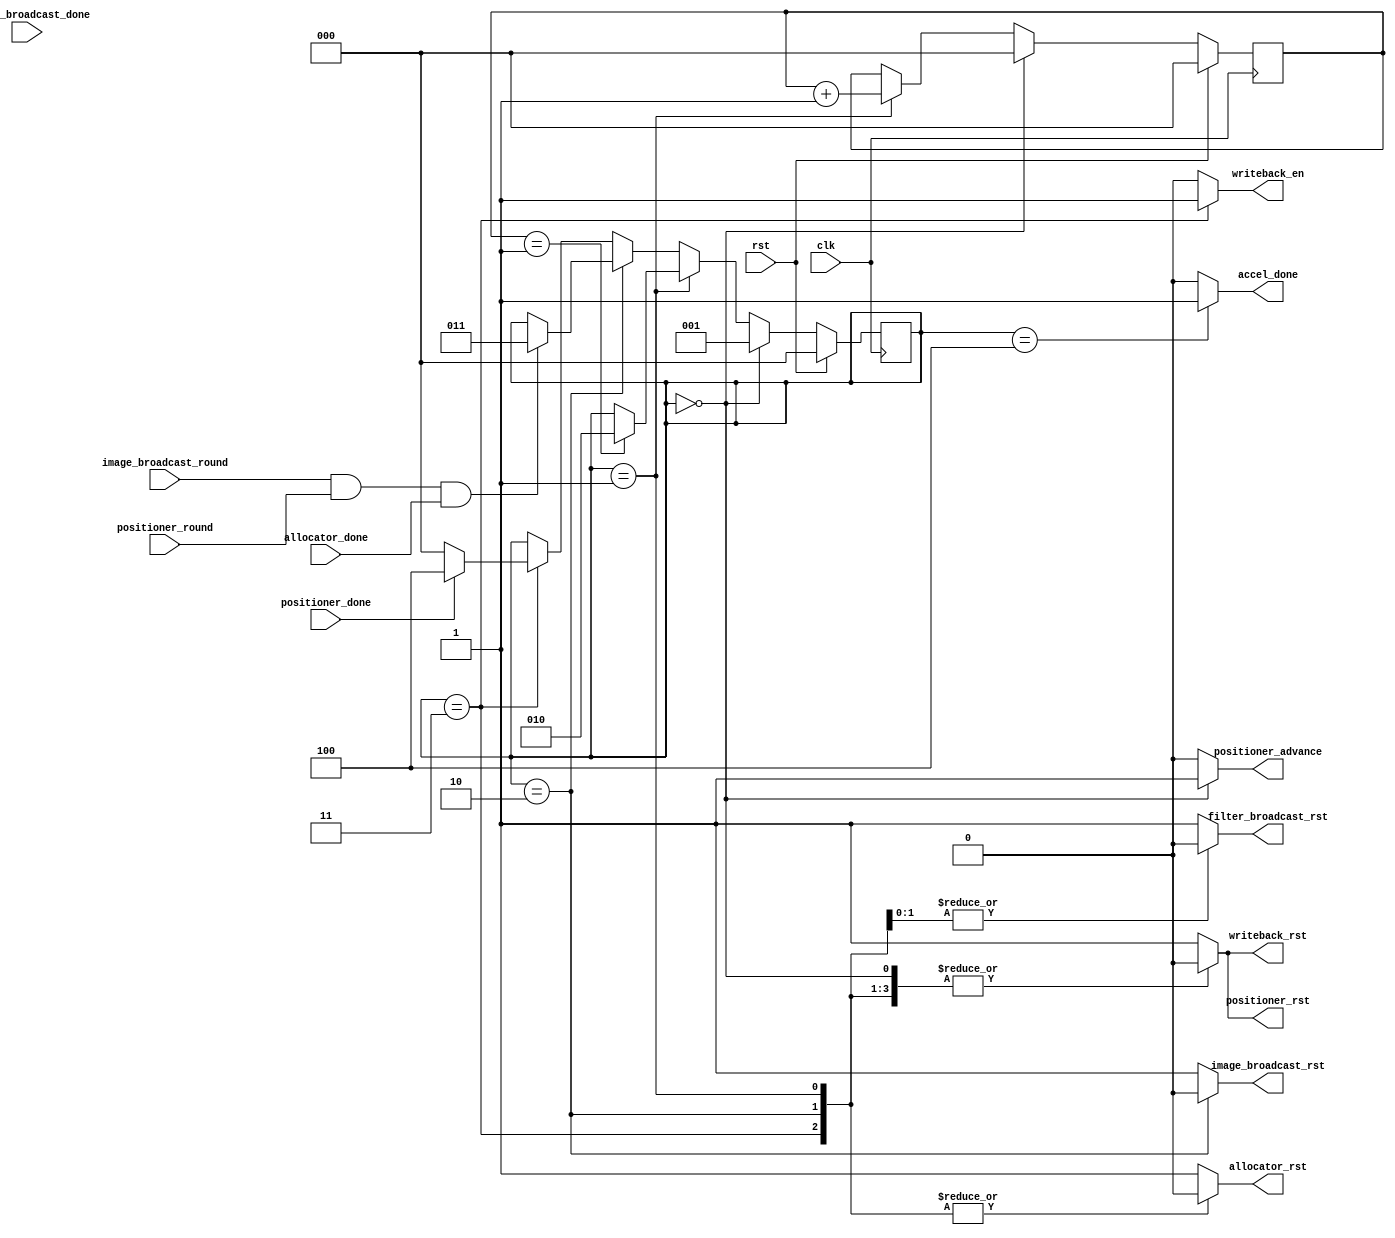
`ifndef _include_scheduler_
`define _include_scheduler_

`define STATE_START_ROUND          3'b000
`define STATE_POSITIONER_HEADSTART 3'b001
`define STATE_BROADCASTING         3'b010
`define STATE_END_ROUND            3'b011
`define STATE_DONE                 3'b100

module Scheduler (
        input  wire positioner_round,
        output reg  positioner_advance,
        input  wire positioner_done,
        output reg  positioner_rst,

        input  wire image_broadcast_round,
        output reg  image_broadcast_rst,

        input  wire filter_broadcast_done,
        output reg  filter_broadcast_rst,

        input  wire allocator_done,
        output reg  allocator_rst,

        output reg  writeback_en,
        output reg  writeback_rst,

        output reg  accel_done,

        input  wire clk,
        input  wire rst
    );

    reg [2:0] state;
    reg [2:0] delay_counter;
    
    localparam positioner_headstart_delay = 1;

   
    always @(posedge clk) begin
        if (rst) begin
            state <= `STATE_START_ROUND;
            delay_counter <= 0;

        end else if (state == `STATE_START_ROUND) begin
            state <= `STATE_POSITIONER_HEADSTART;
            delay_counter <= 0;

        end else if (state == `STATE_POSITIONER_HEADSTART) begin
            delay_counter <= delay_counter + 1;
            if (delay_counter == positioner_headstart_delay) begin
                state <= `STATE_BROADCASTING;
            end

        end else if (state == `STATE_BROADCASTING) begin
            if (image_broadcast_round && (positioner_round || positioner_round) && allocator_done) begin
                state <= `STATE_END_ROUND;
            end

        end else if (state == `STATE_END_ROUND) begin
            if (positioner_done) begin
                state <= `STATE_DONE;
            end else begin
                state <= `STATE_START_ROUND;
            end

        end else if (state == `STATE_DONE) begin

        end
    end

    always @(*) begin
        case (state)
            `STATE_START_ROUND: begin
                positioner_advance = 1;
                positioner_rst = 0;
                image_broadcast_rst = 1;
                filter_broadcast_rst = 1;
                allocator_rst = 1;
                accel_done = 0;
                writeback_en = 0;
                writeback_rst = 0;
            end

            `STATE_POSITIONER_HEADSTART: begin
                positioner_advance = 0;
                positioner_rst = 0;
                image_broadcast_rst = 1;
                filter_broadcast_rst = 0;
                allocator_rst = 0;
                accel_done = 0;
                writeback_en = 0;
                writeback_rst = 0;
            end

            `STATE_BROADCASTING: begin
                positioner_advance = 0;
                positioner_rst = 0;
                image_broadcast_rst = 0;
                filter_broadcast_rst = 0;
                allocator_rst = 0;
                accel_done = 0;
                writeback_en = 0;
                writeback_rst = 0;
            end

            `STATE_END_ROUND: begin
                positioner_advance = 0;
                positioner_rst = 0;
                image_broadcast_rst = 1;
                filter_broadcast_rst = 1;
                allocator_rst = 0;
                accel_done = 0;
                writeback_en = 1;
                writeback_rst = 0;
            end

            `STATE_DONE: begin
                positioner_advance = 0;
                positioner_rst = 1;
                image_broadcast_rst = 1;
                filter_broadcast_rst = 1;
                allocator_rst = 1;
                accel_done = 1;
                writeback_en = 0;
                writeback_rst = 1;
            end

            default: begin
                positioner_advance = 0;
                positioner_rst = 1;
                image_broadcast_rst = 1;
                filter_broadcast_rst = 1;
                allocator_rst = 1;
                accel_done = 0;
                writeback_en = 0;
                writeback_rst = 1;
            end
        endcase
    end
endmodule
`endif // _include_scheduler_